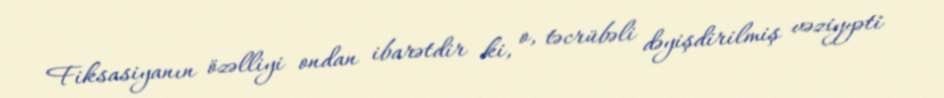
Fiksasiyanın özəlliyi ondan ibarətdir ki, o, təcrübəli dəyişdirilmiş vəziyyəti